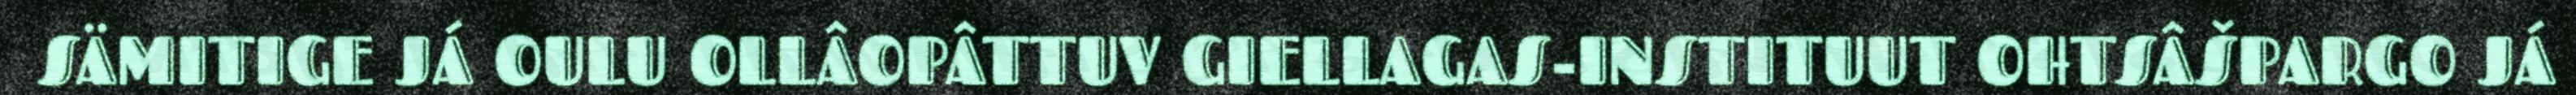
SÄMITIGE JÁ OULU OLLÂOPÂTTUV GIELLAGAS-INSTITUUT OHTSÂŠPARGO JÁ